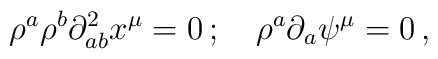
\rho^a \rho^b \partial^2_ {ab} x^ {\mu} = 0 \,; \quad \rho^a \partial_a \psi^{\mu} = 0 \,,